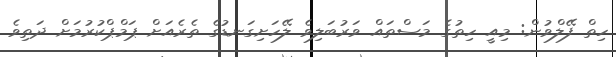
ހިތް ފޭލްވުން: މިއީ ހިތުގެ މަސްތައް ވަރުބަލިވެ ލޭހަށިގަނޑުގެ ތެރެއަށް ޕަމްޕްކުރުމަށް ދަތިވެ